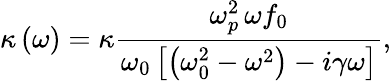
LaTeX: \kappa\left(\omega\right)=\kappa\frac{\omega_{p}^{2}\, \omega f_{0}}{\omega_{0}\left[\left(\omega_{0}^{2}-\omega^{2}\right)-i\gamma\omega\right]},